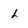
Character: l